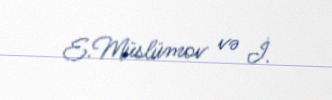
E.Müslümov və İ.